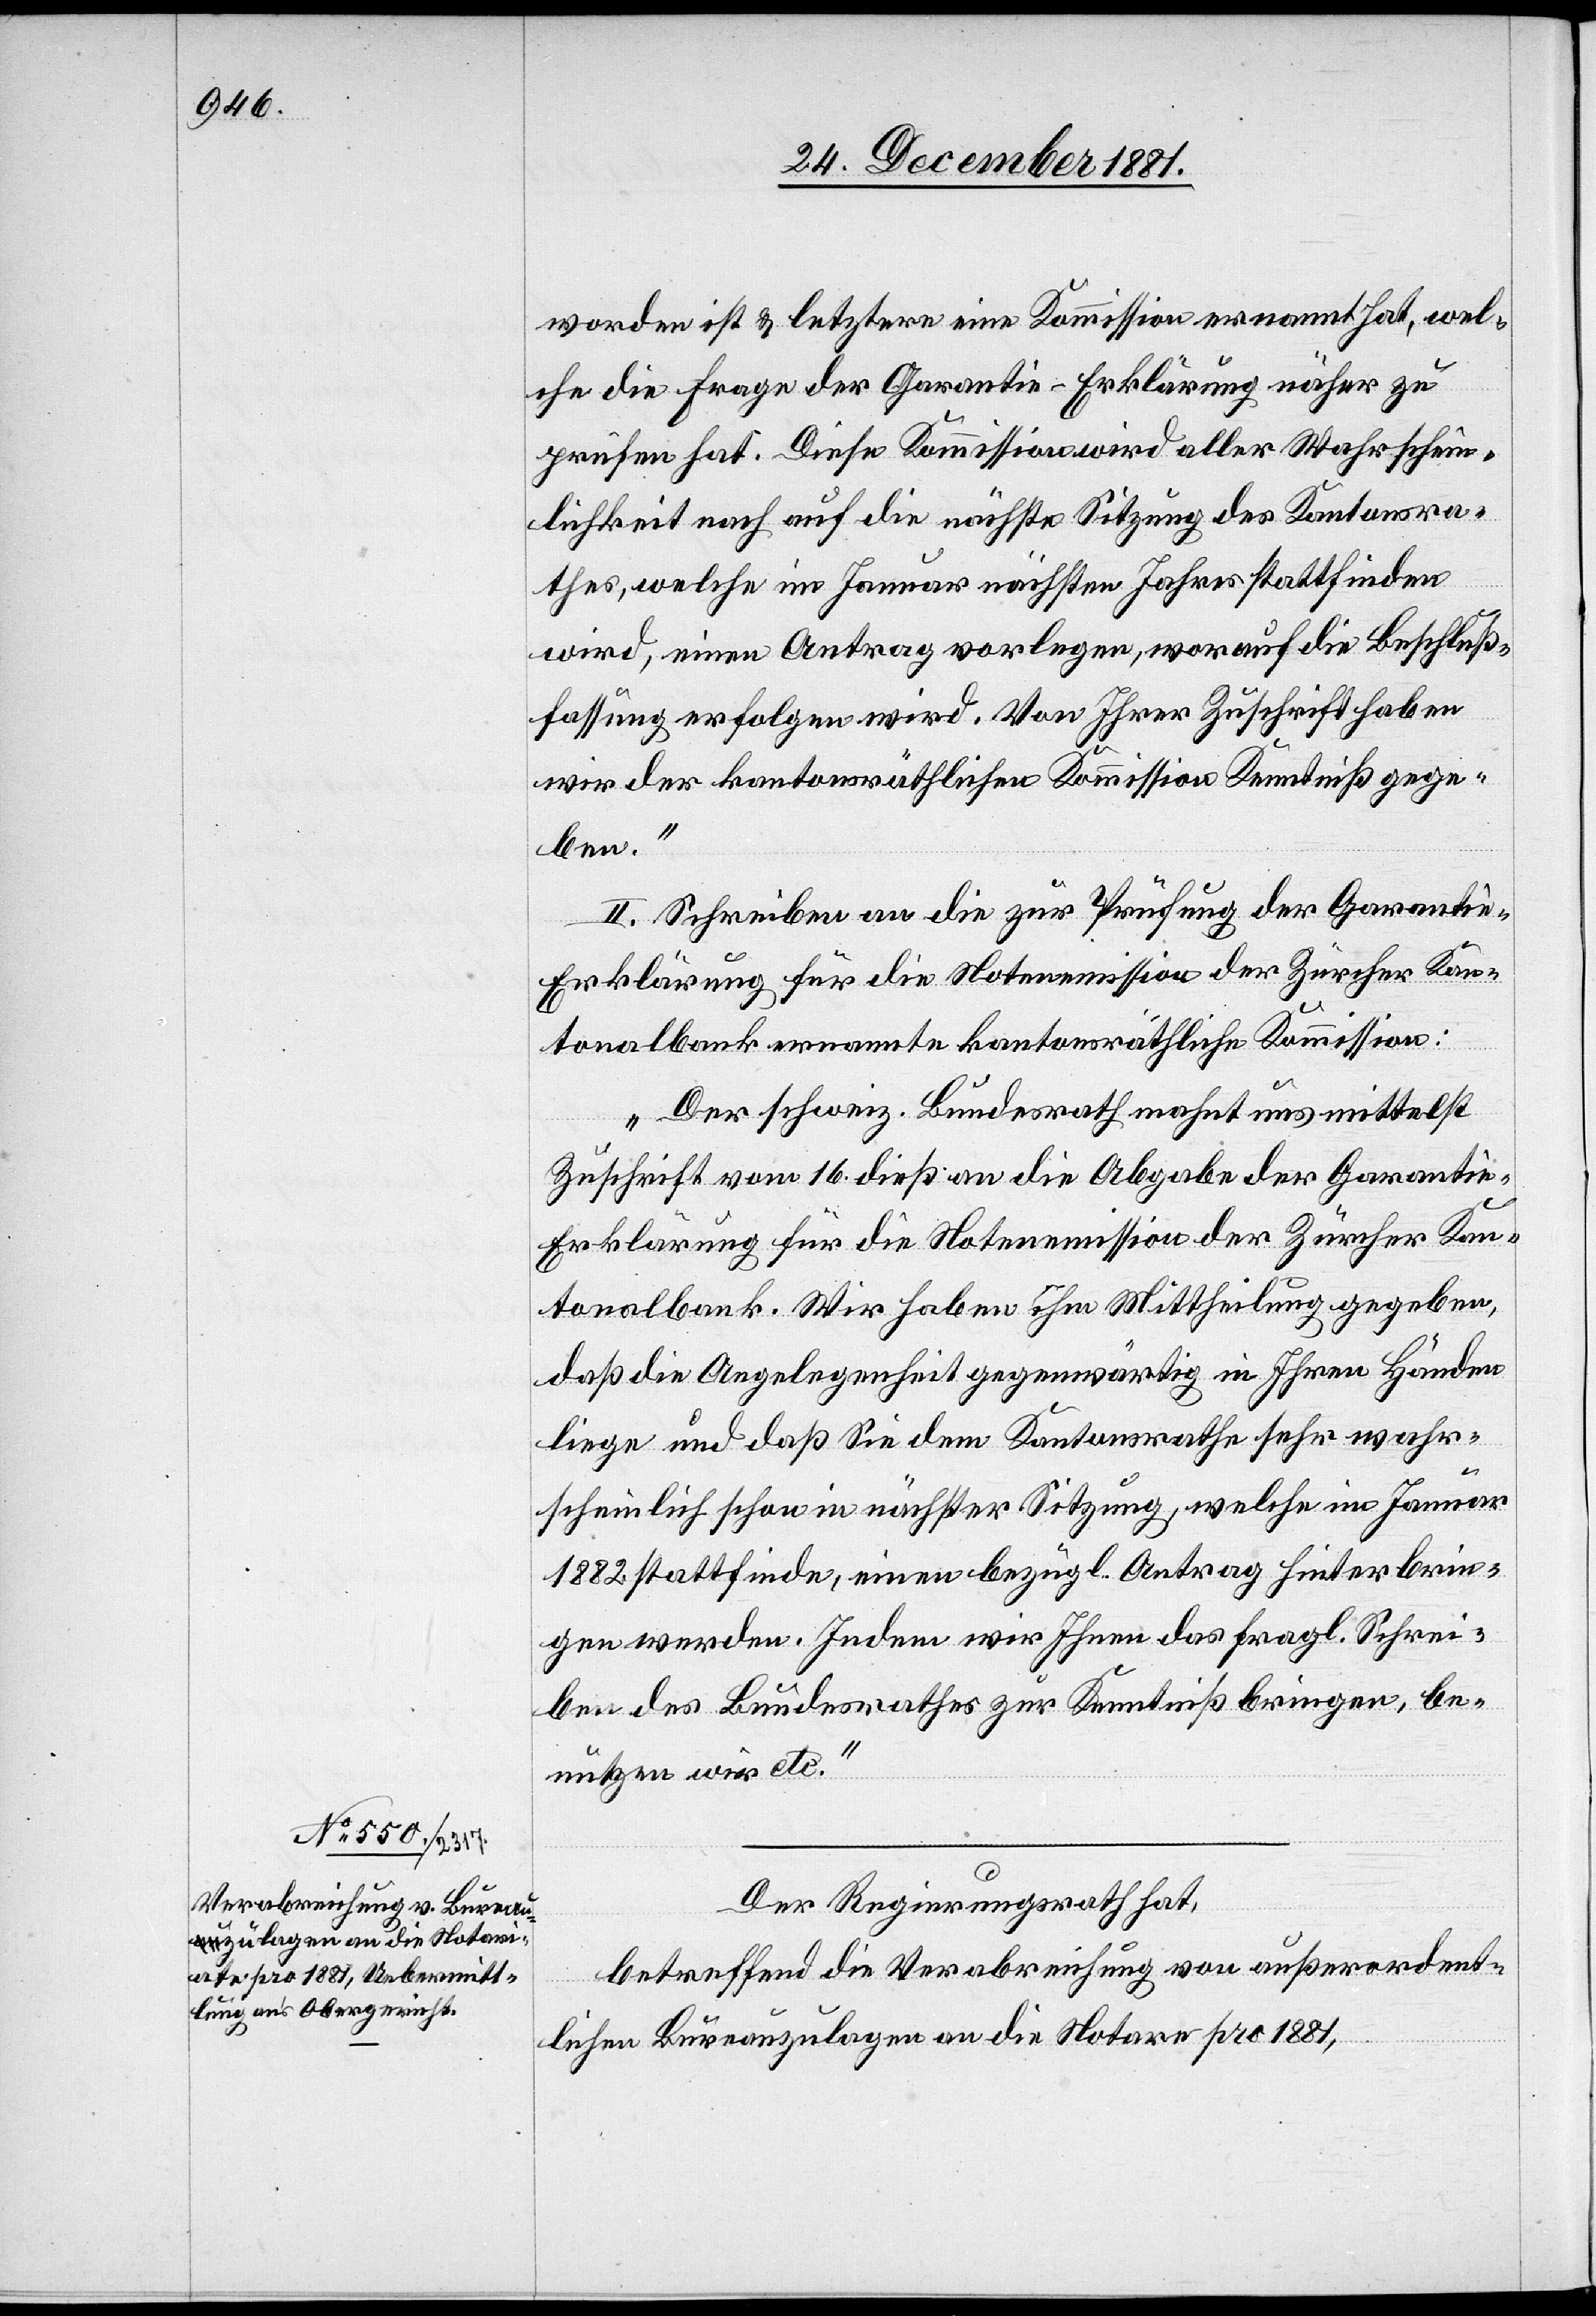
worden ist & letztere eine Kommission ernannt hat, wel¬
che die Frage der Garantie-Erklärung näher zu
prüfen hat. Diese Kommission wird aller Wahrschein¬
lichkeit nach auf die nächste Sitzung des Kantonsra¬
thes, welche im Januar nächsten Jahres stattfinden
wird, einen Antrag vorlegen, worauf die Beschluß¬
fassung erfolgen wird. Von Ihrer Zuschrift haben
wir der kantonsräthlichen Kommission Kenntniß gege¬
ben.“
II. Schreiben an die zur Prüfung der Garanti¬
e-Erklärung für die Notenemission der Zürcher Kan¬
tonalbank ernannten kantonsräthliche Kommission:
„Der schweiz. Bundesrath mahnt uns mittelst
Zuschrift vom 16. dieß an die Abgabe der Garanti¬
e-Erklärung für die Notenemission der Zürcher Kan¬
tonalbank. Wir haben ihm Mittheilung gegebene,
daß die Angelegenheit gegenwärtig in Ihren Händen
liege und daß Sie dem Kantonsrathe sehr wahr¬
scheinlich schon in nächster Sitzung, welche im Januar
1882 stattfinde, einen bezügl. Antrag hinterbrin¬
gen werden. Indem wir Ihnen das fragl. Schrei¬
ben des Bundesrathes zur Kenntniß bringen, be¬
nutzen wird etc.“
Der Regierungsrath hat,
betreffend die Verabreichung von außerordent¬
lichen Bureauauslagen an die Notare pro 1881,